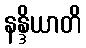
နန္ဒိယာတိ